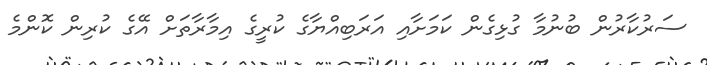
ސަރުކާރުން ބުނުމާ ގުޅިގެން ކަމަށާއި އަރަބިއްޔާގެ ކުރީގެ އިމާރާތަށް އޭގެ ކުރިން ކޮންމެ